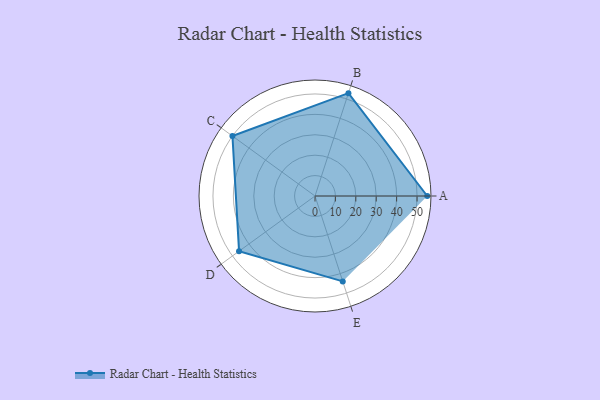
{"axis": {"x": "Skill", "y": "Score"}, "legend": ["Profile"], "data": [{"x": "A", "y": 55.0, "type": "Profile"}, {"x": "B", "y": 53.0, "type": "Profile"}, {"x": "C", "y": 50.0, "type": "Profile"}, {"x": "D", "y": 46.0, "type": "Profile"}, {"x": "E", "y": 44.0, "type": "Profile"}]}